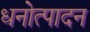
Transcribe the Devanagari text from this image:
धनोत्पादन